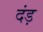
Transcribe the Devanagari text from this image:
दंड़